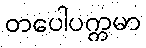
တပေါပက္ကမာ